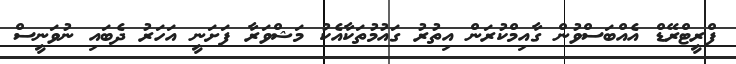
ފްރީޓްރޭޑް އެއްބަސްވުން ގާއިމްކުރަން އިތުރު ގައުމުތަކާއެކު މަޝްވަރާ ފަށަނީ އަހަރު ދެބައި ނުވަނީސް